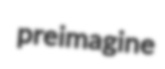
preimagine